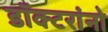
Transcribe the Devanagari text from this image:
डॉक्‍टरांनो